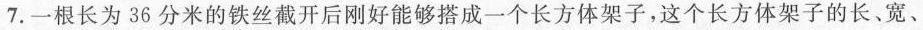
7.一根长为36分米的铁丝截开后刚好能够搭成一个长方体架子，这个长方体架子的长、宽、